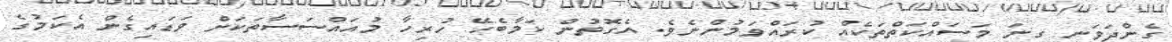
ގެންދަވަނީ ގިނަ މަސައްކަތްތަކެއް ކުރައްވަމުންނެވެ. އެގޮތުން ކަމާބެހޭ ހުރިހާ މުއައްސަސާތަކަށް ވަޑައިގެން އެކަމުގެ